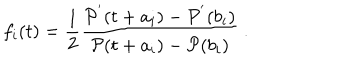
f _ { i } ( t ) = \frac { 1 } { 2 } \frac { { \cal P } ^ { ' } ( t + a _ { i } ) - { \cal P } ^ { ' } ( b _ { i } ) } { { \cal P } ( t + a _ { i } ) - { \cal P } ( b _ { i } ) } ~ .